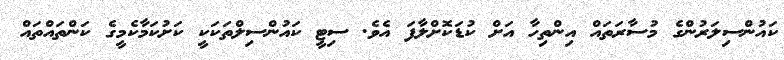
ކައުންސިލަރުންގެ މުސާރަތައް އިންތިހާ އަށް ކުޑަކޮށްލާފަ އެވެ. ސިޓީ ކައުންސިލްތަކަކީ ކަށުކަމާކެމީގެ ކަންތައްތައް